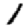
Digit: 1